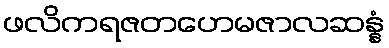
ဖလိကရဇတဟေမဇာလဆန္နံ